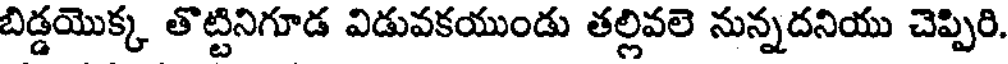
బిడ్డయొక్క తొట్టినిగూడ విడువకయుండు తల్లివలె నున్నదనియు చెప్పిరి.